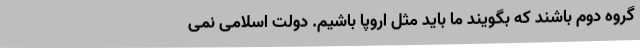
گروه دوم باشند که بگویند ما باید مثل اروپا باشیم. دولت اسلامی نمی